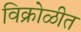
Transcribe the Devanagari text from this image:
विक्रोळीत